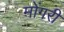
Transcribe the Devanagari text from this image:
मोंगरी